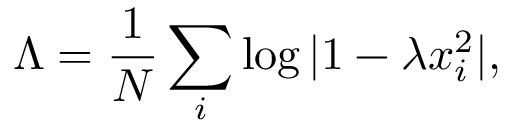
\Lambda = \frac { 1 } { N } \sum _ { i } \log | 1 - \lambda x _ { i } ^ { 2 } | ,